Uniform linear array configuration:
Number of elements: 64
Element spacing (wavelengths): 0.5
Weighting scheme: blackman
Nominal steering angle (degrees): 15
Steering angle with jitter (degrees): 14.516
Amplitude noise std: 0.05
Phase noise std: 0.05

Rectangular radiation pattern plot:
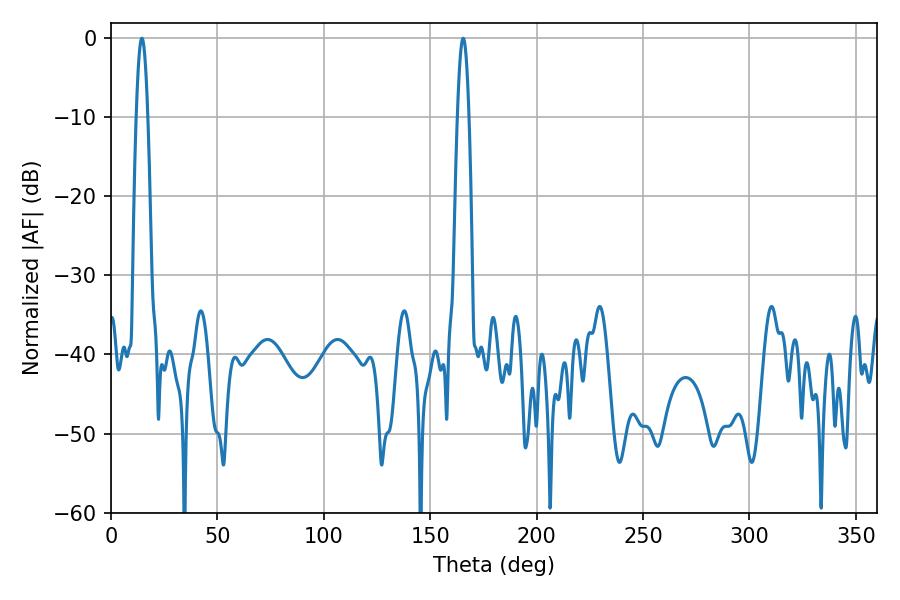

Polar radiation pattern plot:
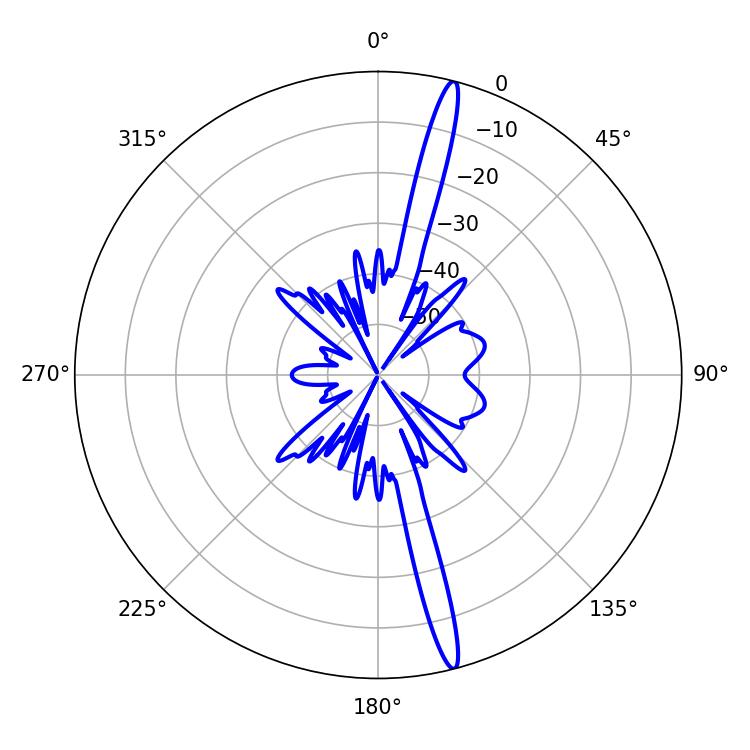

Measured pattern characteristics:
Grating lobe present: FALSE
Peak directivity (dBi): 18.441
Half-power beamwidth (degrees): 2.88
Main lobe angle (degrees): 165.42